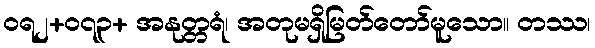
ဝရ၂+၀၇၃+ အနုတ္တရံ၊ အတုမရှိမြတ်တော်မူသော။ တဿ၊